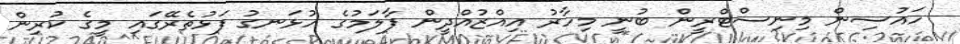
ހައުސިން މިނިސްޓްރީން ބުނީ މިހާރު އިއްޒުއްދީން ފާލަމުގެ ހުޅަނގު ފަޅުތެރޭގައި މީގެ ކުރިން